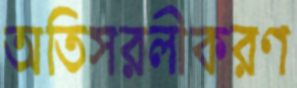
অতিসরলীকরণ